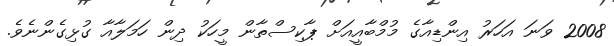
2008 ވަނަ އަހަރު އިންޑިއާގެ މުމްބާއީއަށް ޕާކިސްތާން މީހަކު ދިން ހަމަލާއާ ގުޅިގެންނެވެ.